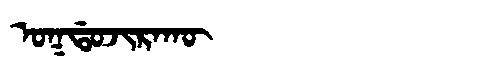
Manchu: ᠣᡴᡩᠣᠵᡳᡵᠠᡴᡡ
Romanization: OKDOJIRAKŪ